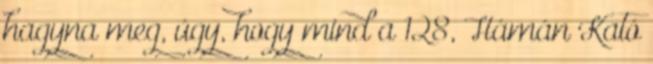
hagyna meg, úgy, hogy mind a 128, Hámán Kató